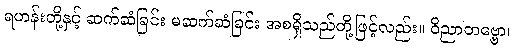
ရဟန်းတို့နှင့် ဆက်ဆံခြင်း မဆက်ဆံခြင်း အစရှိသည်တို့ဖြင့်လည်း။ ဝိညာတဗ္ဗော၊